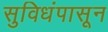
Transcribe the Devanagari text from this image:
सुविधंपासून